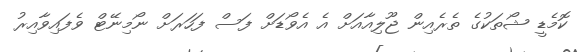
ކޮމެޑީ ޝޯތަކުގެ ތެރެއިން ޖޫލިއާއަށް އެ އެވޯޑަށް ފަސް ފަހަރަށް ނޯމިނޭޓް ވެފައިވާއިރު